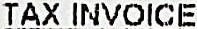
TAX INVOICE